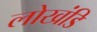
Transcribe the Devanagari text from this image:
लोखंडि